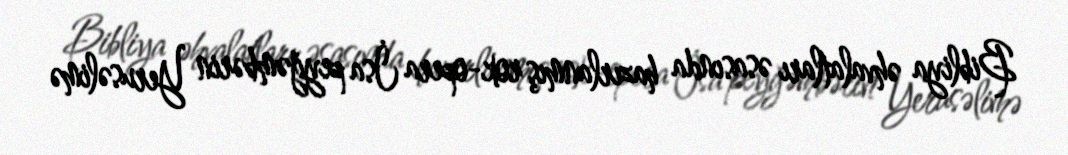
Bibliya əhvalatları əsasında hazırlanmış rok-opera İsa peyğəmbərin Yerusəlimə